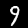
Digit: 9